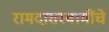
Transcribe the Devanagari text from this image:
रामदासस्वामींचे